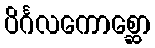
ပိင်္ဂလကောစ္ဆော